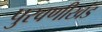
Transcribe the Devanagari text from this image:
पुरवणीखंड